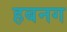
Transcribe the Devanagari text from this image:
हबनग